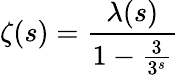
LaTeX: \zeta(s)={\frac{\lambda(s)}{1-{\frac{3}{3^{s}}}}}